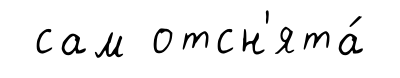
сам отсн'ята́